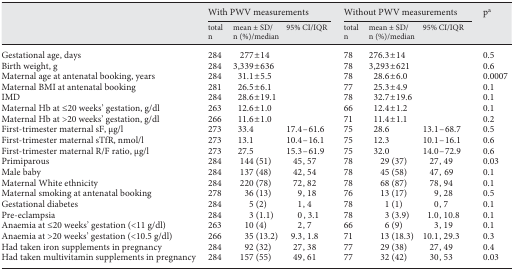
<table><thead><tr><td>[EMPTY_CELL]</td><td colspan="3"><b>With PWV measurements</b></td><td colspan="3"><b>Without PWV measurements</b></td><td><b>p<sup>a</sup></b></td></tr><tr><td>[EMPTY_CELL]</td><td><b>total n</b></td><td><b>mean ± SD/n (%)/median</b></td><td><b>95% CI/IQR</b></td><td><b>total n</b></td><td><b>mean ± SD/n (%)/median</b></td><td><b>95% CI/IQR</b></td><td>[EMPTY_CELL]</td></tr></thead><tbody><tr><td>Gestational age, days</td><td>284</td><td>277 ± 14</td><td>[EMPTY_CELL]</td><td>78</td><td>276.3 ± 14</td><td>[EMPTY_CELL]</td><td>0.5</td></tr><tr><td>Birth weight, g</td><td>284</td><td>3,339 ± 636</td><td>[EMPTY_CELL]</td><td>78</td><td>3,293 ± 621</td><td>[EMPTY_CELL]</td><td>0.6</td></tr><tr><td>Maternal age at antenatal booking, years</td><td>284</td><td>31.1 ± 5.5</td><td>[EMPTY_CELL]</td><td>78</td><td>28.6 ± 6.0</td><td>[EMPTY_CELL]</td><td>0.0007</td></tr><tr><td>Maternal BMI at antenatal booking</td><td>281</td><td>26.5 ± 6.1</td><td>[EMPTY_CELL]</td><td>77</td><td>25.3 ± 4.9</td><td>[EMPTY_CELL]</td><td>0.1</td></tr><tr><td>IMD</td><td>284</td><td>28.6 ± 19.1</td><td>[EMPTY_CELL]</td><td>78</td><td>32.7 ± 19.6</td><td>[EMPTY_CELL]</td><td>0.1</td></tr><tr><td>Maternal Hb at ≤20 weeks’ gestation, g/dl</td><td>263</td><td>12.6 ± 1.0</td><td>[EMPTY_CELL]</td><td>66</td><td>12.4 ± 1.2</td><td>[EMPTY_CELL]</td><td>0.1</td></tr><tr><td>Maternal Hb at &gt;20 weeks’ gestation, g/dl</td><td>266</td><td>11.6 ± 1.0</td><td>[EMPTY_CELL]</td><td>71</td><td>11.4 ± 1.1</td><td>[EMPTY_CELL]</td><td>0.2</td></tr><tr><td>First-trimester maternal sF, μg/l</td><td>273</td><td>33.4</td><td>17.4–61.6</td><td>75</td><td>28.6</td><td>13.1–68.7</td><td>0.5</td></tr><tr><td>First-trimester maternal sTfR, nmol/l</td><td>273</td><td>13.1</td><td>10.4–16.1</td><td>75</td><td>12.3</td><td>10.1–16.1</td><td>0.6</td></tr><tr><td>First-trimester maternal R/F ratio, μg/l</td><td>273</td><td>27.5</td><td>15.3–61.9</td><td>75</td><td>32.0</td><td>14.0–72.9</td><td>0.6</td></tr><tr><td>Primiparous</td><td>284</td><td>144 (51)</td><td>45, 57</td><td>78</td><td>29 (37)</td><td>27, 49</td><td>0.03</td></tr><tr><td>Male baby</td><td>284</td><td>137 (48)</td><td>42, 54</td><td>78</td><td>45 (58)</td><td>47, 69</td><td>0.1</td></tr><tr><td>Maternal White ethnicity</td><td>284</td><td>220 (78)</td><td>72, 82</td><td>78</td><td>68 (87)</td><td>78, 94</td><td>0.1</td></tr><tr><td>Maternal smoking at antenatal booking</td><td>278</td><td>36 (13)</td><td>9, 18</td><td>76</td><td>13 (17)</td><td>9, 28</td><td>0.5</td></tr><tr><td>Gestational diabetes</td><td>284</td><td>5 (2)</td><td>1, 4</td><td>78</td><td>1 (1)</td><td>0, 7</td><td>0.1</td></tr><tr><td>Pre-eclampsia</td><td>284</td><td>3 (1.1)</td><td>0,3.1</td><td>78</td><td>3 (3.9)</td><td>1.0, 10.8</td><td>0.1</td></tr><tr><td>Anaemia at ≤20 weeks’ gestation (&lt;11 g/dl)</td><td>263</td><td>10 (4)</td><td>2, 7</td><td>66</td><td>6 (9)</td><td>3, 19</td><td>0.1</td></tr><tr><td>Anaemia at &gt;20 weeks’ gestation (&lt;10.5 g/dl)</td><td>266</td><td>35 (13.2)</td><td>9.3, 1.8</td><td>71</td><td>13 (18.3)</td><td>10.1, 29.3</td><td>0.3</td></tr><tr><td>Had taken iron supplements in pregnancy</td><td>284</td><td>92 (32)</td><td>27, 38</td><td>77</td><td>29 (38)</td><td>27, 49</td><td>0.4</td></tr><tr><td>Had taken multivitamin supplements in pregnancy</td><td>284</td><td>157 (55)</td><td>49, 61</td><td>77</td><td>32 (42)</td><td>30, 53</td><td>0.03</td></tr></tbody></table>